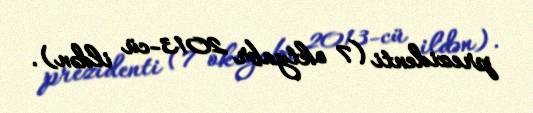
prezidenti (7 oktyabr 2013-cü ildən).